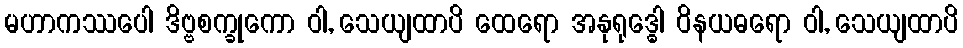
မဟာကဿပေါ ဒိဗ္ဗစက္ခုကော ဝါ, သေယျထာပိ ထေရော အနုရုဒ္ဓေါ ဝိနယဓရော ဝါ, သေယျထာပိ